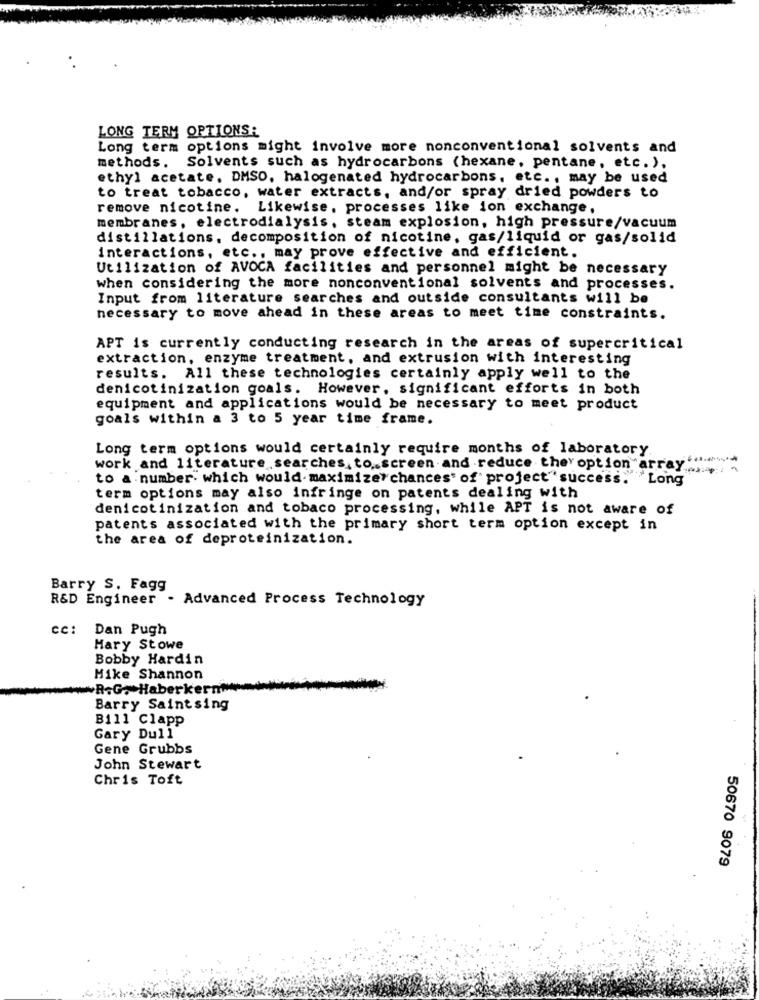
LONG TERM OPTIONS:
Long term options might involve more nonconventional solvents and
methods.
Solvents such as hydrocarbons (hexane, pentane, etc.),
ethyl acetate. DMSO, halogenated hydrocarbons, etc ., may be used
to treat tobacco, water extracts, and/or spray dried powders to
remove nicotine. Likewise, processes like ion exchange,
membranes, electrodialysis, steam explosion, high pressure/vacuum
distillations, decomposition of nicotine, gas/liquid or gas/solid
interactions, etc ., may prove effective and efficient.
Utilization of AVOCA facilities and personnel might be necessary
when considering the more nonconventional solvents and processes.
Input from literature searches and outside consultants will be
necessary to move ahead in these areas to meet time constraints.
APT is currently conducting research in the areas of supercritical
extraction, enzyme treatment, and extrusion with interesting
results. All these technologies certainly apply well to the
denicotinization goals. However. significant efforts in both
equipment and applications would be necessary to meet product
goals within a 3 to 5 year time frame.
Long term options would certainly require months of laboratory
work and literature searches to screen and reduce the' option array
to a number. which would. maximizer chances' of' project" success. I
term options may also infringe on patents dealing with
denicotinization and tobaco processing, while APT is not aware of
patents associated with the primary short term option except in
the area of deproteinization.
Barry S. Fagg
R&D Engineer . Advanced Process Technology
CC:
Dan Pugh
Mary Stowe
Bobby Hardin
Mike Shannon
~R.G, Haberkernw
Barry Saintsing
Bill Clapp
Gary Dull
Gene Grubbs
John Stewart
Chris Toft
50670 9079